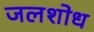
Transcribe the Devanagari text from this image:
जलशोध